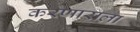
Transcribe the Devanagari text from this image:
करणाराला